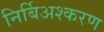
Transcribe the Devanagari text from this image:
निर्बिअश्करण